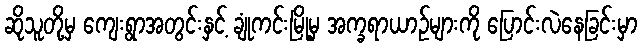
ဆိုသူတို့မှ ကျေးရွာအတွင်းနှင့် ချုံကင်းမြို့မှ အက္ခရာယာဉ်များကို ပြောင်းလဲနေခြင်းမှာ